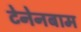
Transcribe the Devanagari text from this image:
टेनेनबाम